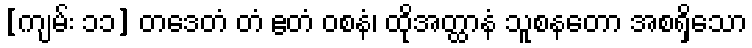
[ကျမ်း ၁၁] တဒေတံ တံ ဧတံ ဝစနံ၊ ထိုအတ္ထာနံ သူစနတော အစရှိသော